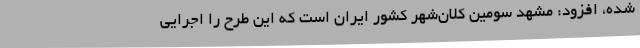
شده، افزود: مشهد سومین کلان‌شهر کشور ایران است که این طرح را اجرایی